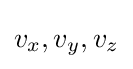
v_{x},v_{y},v_{z}